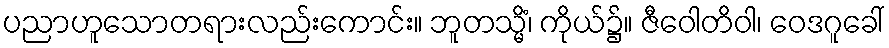
ပညာဟူသောတရားလည်းကောင်း။ ဘူတသ္မိံ၊ ကိုယ်၌။ ဇီဝေါတိဝါ၊ ဝေဒဂူခေါ်